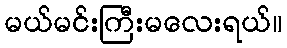
မယ်မင်းကြီးမလေးရယ်။